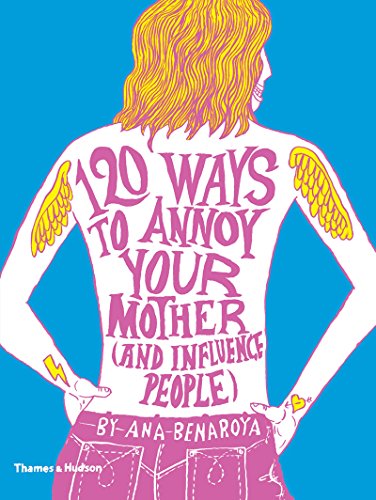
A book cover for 120 Ways to Annoy Your Mother (And Influence People); Ana Benaroya; Teen & Young Adult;